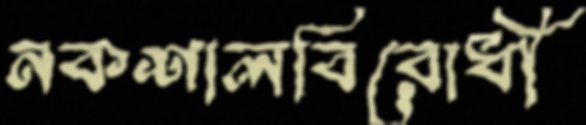
নকশালবিরোধী